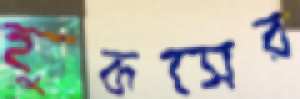
হুকসের